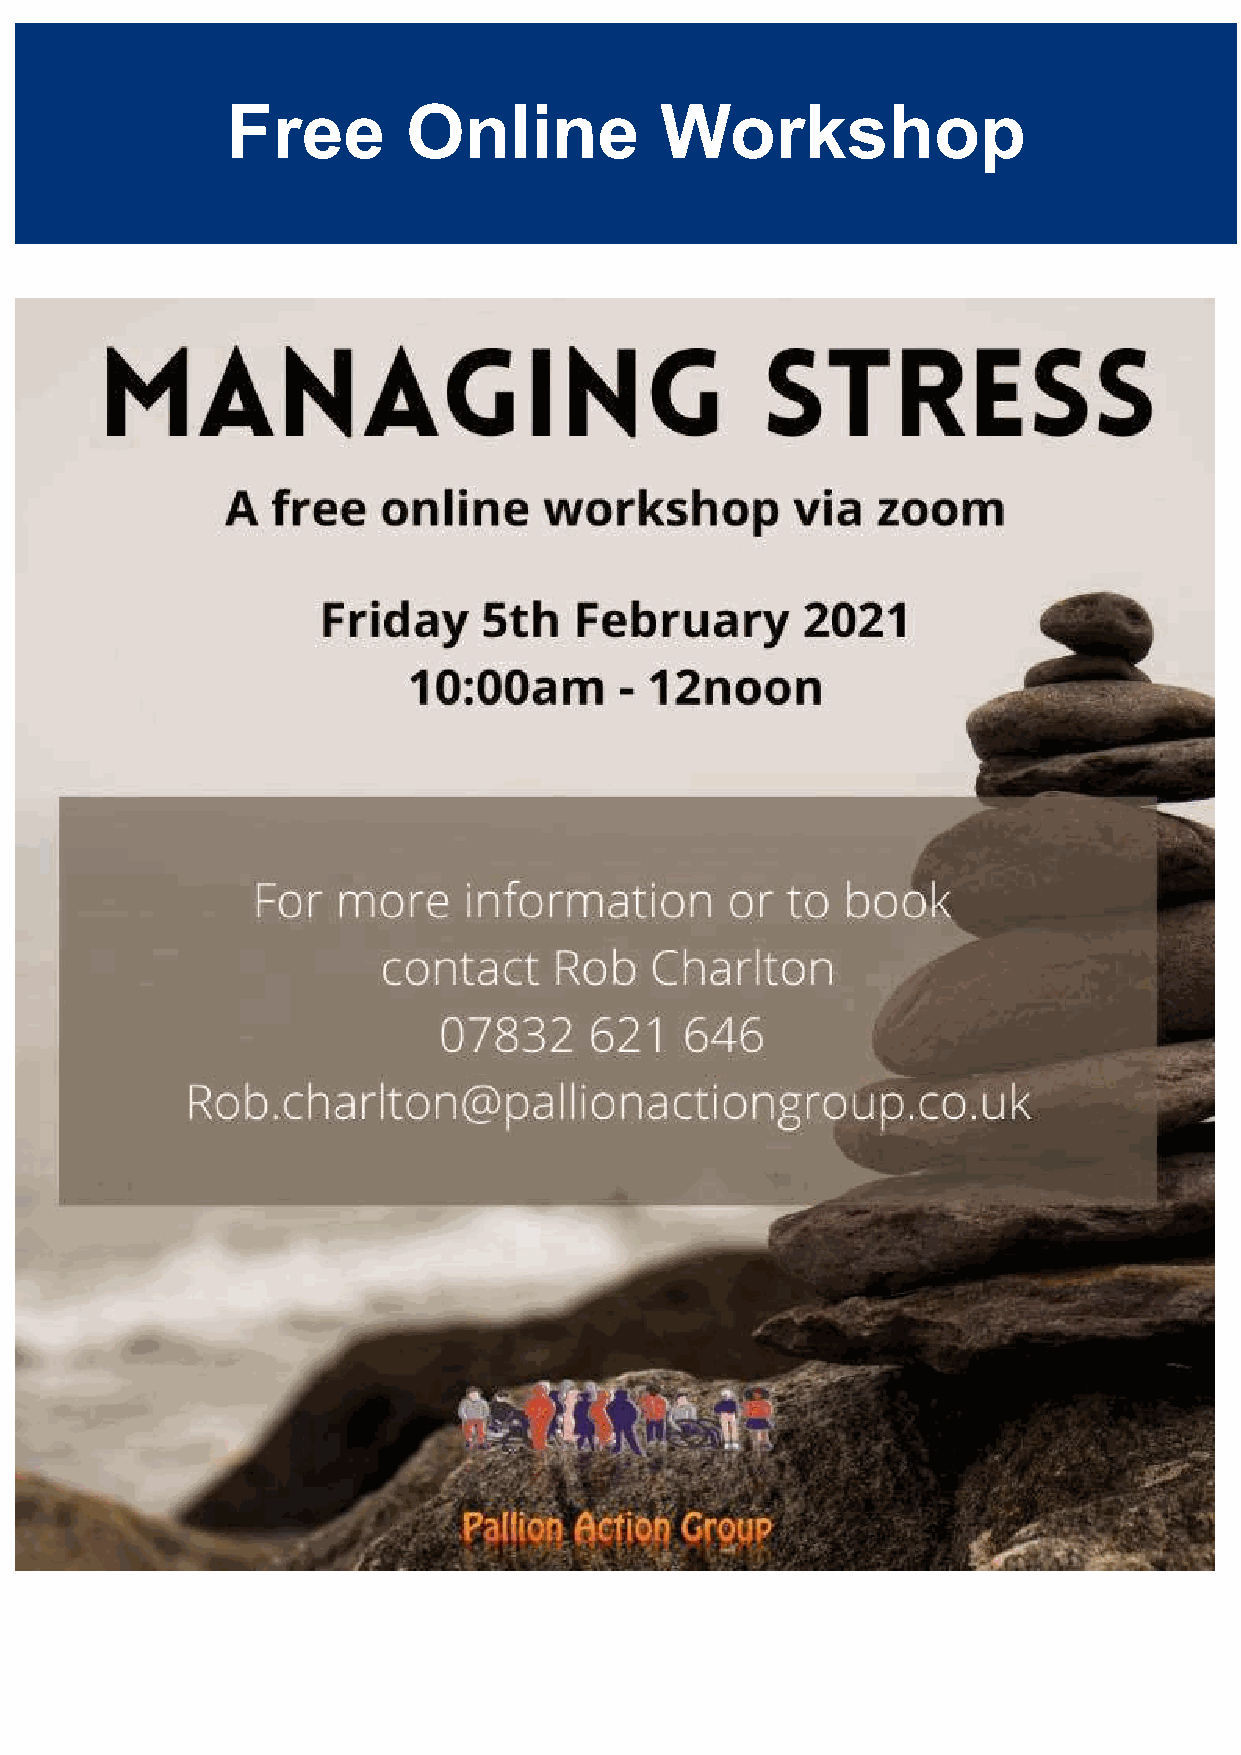
Free        Online           Workshop